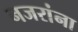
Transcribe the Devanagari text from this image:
नजरांना